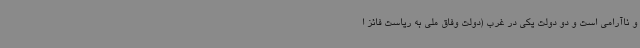
و ناآرامی است و دو دولت یکی در غرب (دولت وفاق ملی به ریاست فائز ا